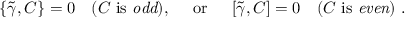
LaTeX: \left\{ \tilde { \gamma } , C \right\} = 0 \quad ( C \ \mathrm { i s \ { \it o d d } } ) , \quad \ \mathrm { o r } \ \quad \left[ \tilde { \gamma } , C \right] = 0 \quad ( C \ \mathrm { i s \ { \it e v e n } } ) \ .